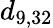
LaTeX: d_{9,32}